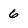
Character: 6